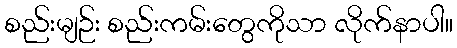
စည်းမျဉ်း စည်းကမ်းတွေကိုသာ လိုက်နာပါ။